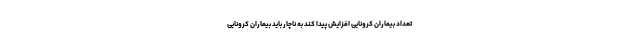
تعداد بیماران کرونایی افزایش پیدا کند به ناچار باید بیماران کرونایی